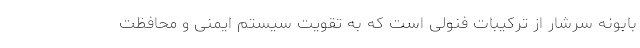
بابونه سرشار از ترکیبات فنولی است که به تقویت سیستم ایمنی و محافظت